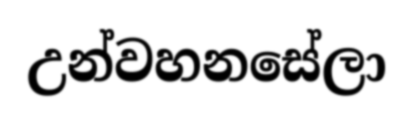
උන්වහනසේලා